Medical and sanitary report of the native army of Bengal for the year
Year: 1877
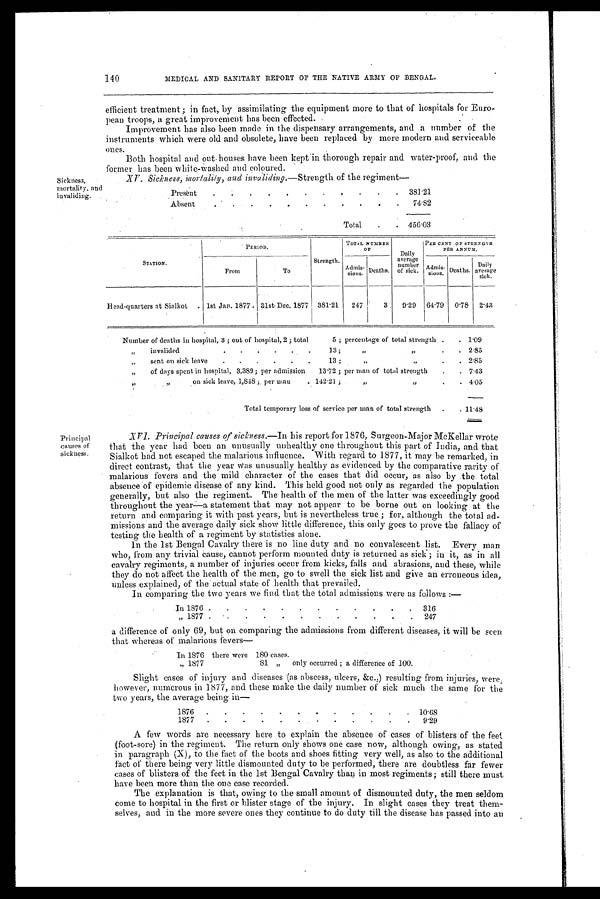
140
MEDICAL AND SANITARY REPORT OF THE NATIVE ARMY OF BENGAL.
Sickness,
mortality, and
invaliding.
efficient treatment; in fact, by assimilating the equipment more to that of hospitals for Euro-
pean troops, a great improvement has been effected.
Improvement has also been made in the dispensary arrangements, and a number of the
instruments which were old and obsolete, have been replaced by more modern and serviceable
ones.
Both hospital and out houses have been kept in thorough repair and water-proof, and the
former has been white-washed and coloured.
XV. Sickness, mortality, and invaliding.—Strength
of the regiment —
Present
.
.
.
.
.
. . . . .
381.21
Absent
.
.
.
.
.
.
.
.
.
.
.
74.82
Total
.
.
456.03
Principal
causes of
sickness.
STATION.
PERIOD.
Strength.
TOTAL NUMBER
OF
Daily
average
number
of sick.
PER CENT. OF STRENGTH
PER ANNUM.
From
To
Admis-
sions. Deaths.
Admis-
sions Deaths.
Daily
average
sick.
Head-quarters at Sialkot
. 1st Jan. 1877 . 31st Dec. 1877
3 8 1 . 2 1
247
3
9.29
64.79
0.78
2.43
Number of deaths in hospital, 3 ; out of hospital, 2 ; total
5 ; percentage of total strength .
. 1.09
„
invalided
. . . . .
13 ;
,,
,,
.
.
2.85
„
sent on sick leave
.
.
.
.
.
13 ;
,, ,,
.
. 2.85
„
of days spent in hospital, 3,389; per admission
13.72 ; per man of total strength
.
. 7.43
„ „
on sick leave, 1,848 ; per man
. 142.21 ;
„
„
.
. 4.05
Total temporary loss of service per man of total strength
.
.
1 1 . 4 8
XVI. Principal causes of sickness.— In his report for 1876, Surgeon-Major McKellar wrote
that the year had been an unusually unhealthy one throughout this part of India, and that
Sialkot had not escaped the malarious influence. With regard to 1877, it may be remarked, in
direct contrast, that the year was unusually healthy as evidenced by the comparative rarity of
malarious fevers and the mild character of the cases that did occur, as also by the total
absence of epidemic disease of any kind. This held good not only as regarded the population
generally, but also the regiment. The health of the men of the latter was exceedingly good
throughout the year—a statement that may not appear to be borne out on looking at the
return and comparing it with past years, but is nevertheless true ; for, although the total ad-
missions and the average daily sick show little difference, this only goes to prove the fallacy of
testing the health of a regiment by statistics alone.
In the 1st Bengal Cavalry there is no line duty and no convalescent list. Every man
who, from any trivial Cause, cannot perform mounted duty is returned as sick ; in it, as in all
cavalry regiments, a number of injuries occur from kicks, falls and abrasions, and these, while
they do not affect the health of the men, go to swell the sick list and give an erroneous idea,
unless explained, of tile actual state of health that prevailed.
In comparing the two years we find that the total admissions .were as follows :—
In 1876 .
.
.
.
.
.
.
.
.
.
.
.
316
„ 1877 .
.
.
.
.
.
.
.
.
.
.
247
a difference of only 69, but on comparing the admissions from different diseases, it will be seen
t h a t w h e r e a s o f m a l a r i o u s f e v e r s —
In 1876 there were
180 cases.
„ 1877
81
„
only occurred ; a difference of 100.
Slight cases of injury and diseases (as abscess, ulcers, &c.,) resulting from injuries, were;
however, numerous in 1877, and these make the daily number of sick much the same for the
two years, the average being in
—
1876
.
.
10.68
1877
.
.
.
.
.
.
.
.
.
.
.
.
9.29
A few words are necessary here to explain the absence of cases of blisters of the feet
(foot-sore) in the regiment. The return only shows one case now, although owing, as stated
in paragraph (X), to the fact of the boots and shoes fitting very well, as also to the additional
fact of there being very little dismounted duty to be performed, there are doubtless far fewer
cases of' blisters, of the feet in the 1st Bengal Cavalry than in most regiments; still there must
have been more than the one case recorded.
The explanation is that, owing to the small amount of dismounted duty, the men seldom
come to hospital in the first or blister stage of the injury. In slight cases they treat them-
selves, and in the more severe ones they continue to do duty till the disease has passed into an